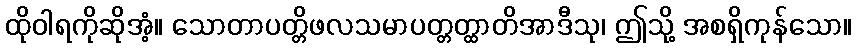
ထိုဝါရကိုဆိုအံ့။ သောတာပတ္တိဖလသမာပတ္တတ္ထာတိအာဒီသု၊ ဤသို့ အစရှိကုန်သော။